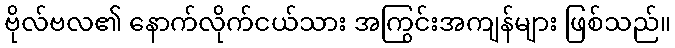
ဗိုလ်ဗလ၏ နောက်လိုက်ငယ်သား အကြွင်းအကျန်များ ဖြစ်သည်။